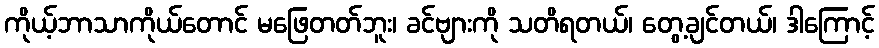
ကိုယ့်ဘာသာကိုယ်တောင် မဖြေတတ်ဘူး၊ ခင်ဗျားကို သတိရတယ်၊ တွေ့ချင်တယ်၊ ဒါကြောင့်